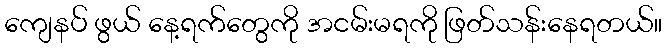
ကျေနပ် ဖွယ် နေ့ရက်တွေကို အငမ်းမရကို ဖြတ်သန်းနေရတယ်။